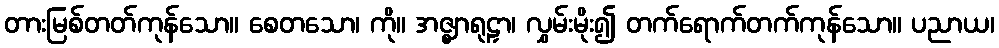
တားမြစ်တတ်ကုန်သော။ စေတသော၊ ကို။ အဇ္ဈာရုဠှာ၊ လွှမ်းမိုး၍ တက်ရောက်တက်ကုန်သော။ ပညာယ၊